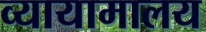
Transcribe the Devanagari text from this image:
व्यायामालय